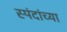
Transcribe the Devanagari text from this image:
स्पंदांच्या